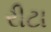
રીટા